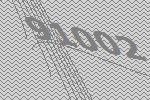
91002